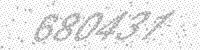
Solution: 680431